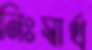
নিঃস্বার্থ